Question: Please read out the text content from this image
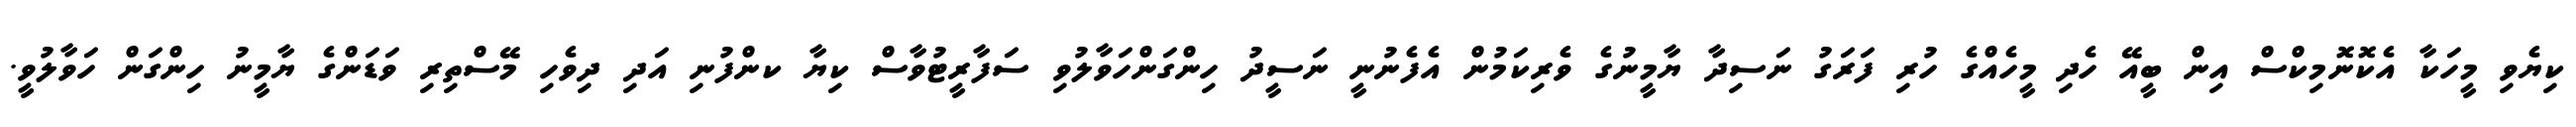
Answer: ކިޔެވި މީހަކާ އެކޮނޮމިކްސް އިން ބީއޭ ހެދި މީހެއްގެ ހުރި ފަރަގު ނަސިދާ ޔާމީނުގެ ވެރިކަމުން އެފެނުނީ ނަސީދު ހިންގަންހަވާލުވި ސަފާރީޓުވާސް ކިޔާ ކންފުނި އަދި ދިވެހި މޭސްތިރި ވަޑަންގެ ޔާމީނު ހިންގަން ހަވާލުވީ.